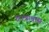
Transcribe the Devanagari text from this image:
क्षात्रावास